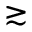
\gtrsim